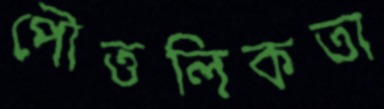
পৌত্তলিকতা